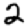
Digit: 2